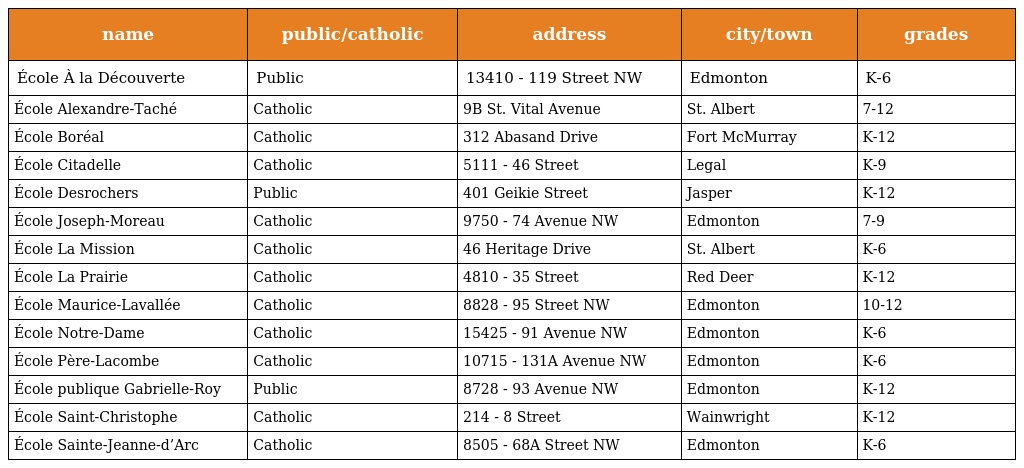
| name | public/catholic | address | city/town | grades |
 | --- | --- | --- | --- | --- |
 | École À la Découverte | Public | 13410 - 119 Street NW | Edmonton | K-6 |
 | École Alexandre-Taché | Catholic | 9B St. Vital Avenue | St. Albert | 7-12 |
 | École Boréal | Catholic | 312 Abasand Drive | Fort McMurray | K-12 |
 | École Citadelle | Catholic | 5111 - 46 Street | Legal | K-9 |
 | École Desrochers | Public | 401 Geikie Street | Jasper | K-12 |
 | École Joseph-Moreau | Catholic | 9750 - 74 Avenue NW | Edmonton | 7-9 |
 | École La Mission | Catholic | 46 Heritage Drive | St. Albert | K-6 |
 | École La Prairie | Catholic | 4810 - 35 Street | Red Deer | K-12 |
 | École Maurice-Lavallée | Catholic | 8828 - 95 Street NW | Edmonton | 10-12 |
 | École Notre-Dame | Catholic | 15425 - 91 Avenue NW | Edmonton | K-6 |
 | École Père-Lacombe | Catholic | 10715 - 131A Avenue NW | Edmonton | K-6 |
 | École publique Gabrielle-Roy | Public | 8728 - 93 Avenue NW | Edmonton | K-12 |
 | École Saint-Christophe | Catholic | 214 - 8 Street | Wainwright | K-12 |
 | École Sainte-Jeanne-d’Arc | Catholic | 8505 - 68A Street NW | Edmonton | K-6 |